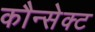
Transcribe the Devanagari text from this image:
कौन्सेक्ट